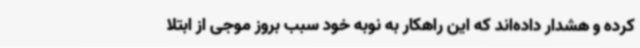
کرده و هشدار داده‌اند که این راهکار به نوبه خود سبب بروز موجی از ابتلا